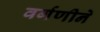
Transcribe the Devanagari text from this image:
वर्गणीने